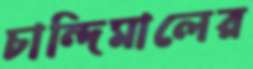
চান্দিমালের